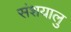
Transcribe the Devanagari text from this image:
संशयालु